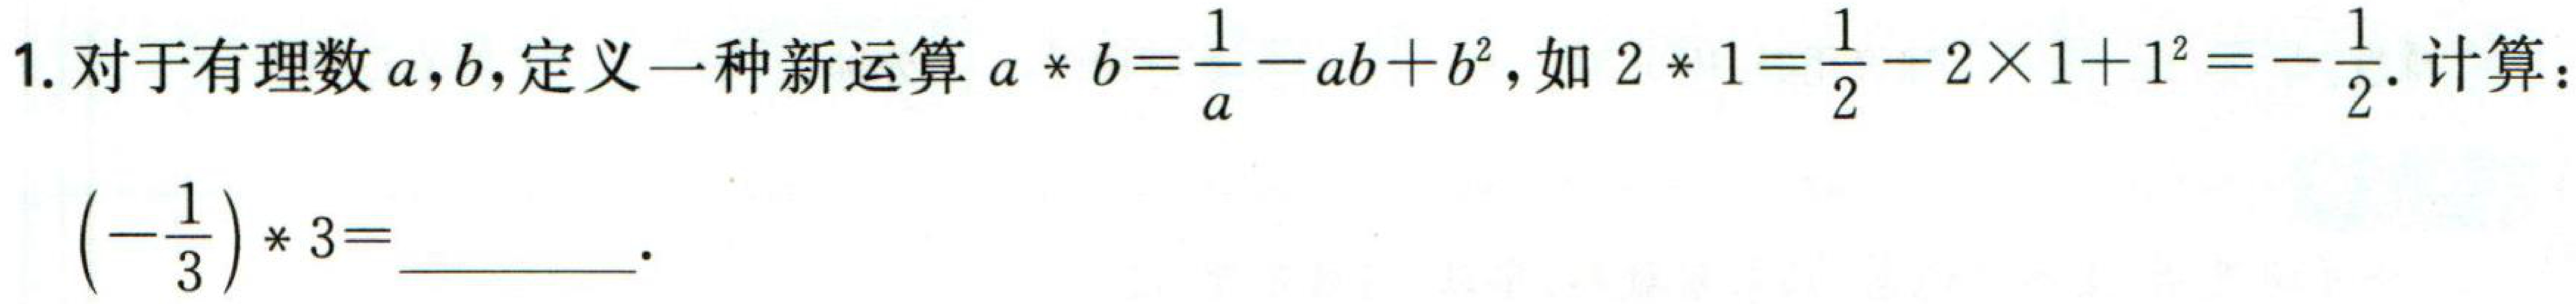
1. 对于有理数\(a,b\)，定义一种新运算\(a * b=\frac{1}{a}-ab + b^{2}\)，如\(2*1=\frac{1}{2}-2\times1 + 1^{2}=-\frac{1}{2}\). 计算：\(\left(-\frac{1}{3}\right)*3 = \_\_\_\).